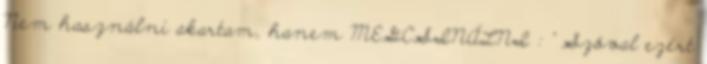
Nem használni akartam, hanem MEGCSINÁLNI : " Szóval ezért